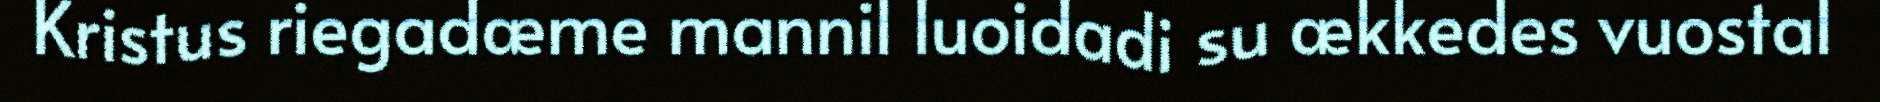
Kristus riegadæme mannil luoidadi su ækkedes vuostal